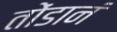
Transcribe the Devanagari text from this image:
तोंडानं